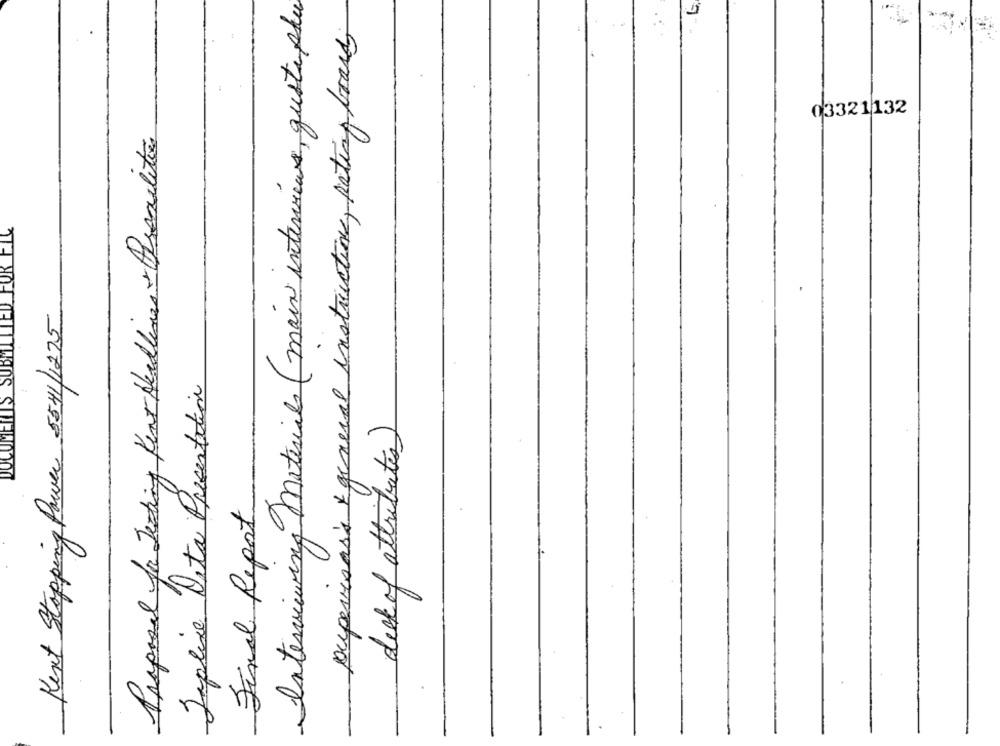
Interviewing Materials (main interviews, guste plus
oupevisas's & general instructions, rating brass
03321132
Proposal for Testing Kent Headlines + Branilite
Kent Stopping Power 5541/1275
Japline Data Presentation
deck of attributes)
Final Report